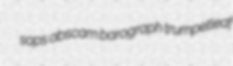
saps abscam barograph trumpetleaf